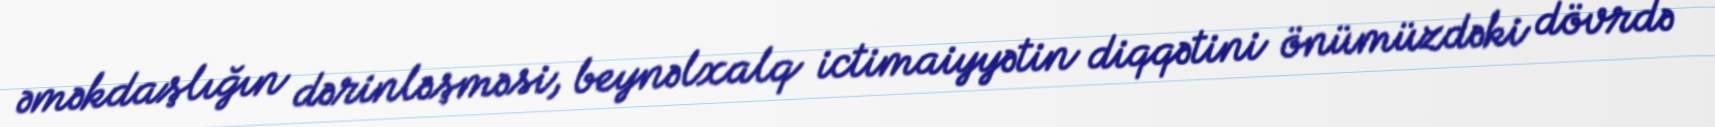
əməkdaşlığın dərinləşməsi, beynəlxalq ictimaiyyətin diqqətini önümüzdəki dövrdə